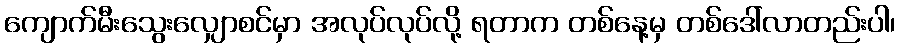
ကျောက်မီးသွေးလျှောစင်မှာ အလုပ်လုပ်လို့ ရတာက တစ်နေ့မှ တစ်ဒေါ်လာတည်းပါ၊